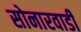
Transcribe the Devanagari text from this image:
सोनारवाडी